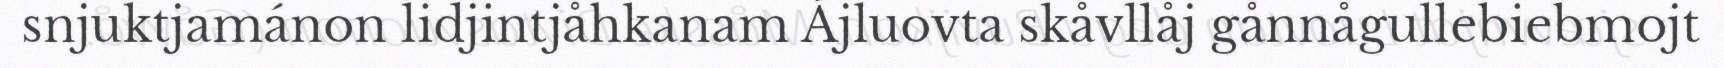
snjuktjamánon lidjintjåhkanam Ájluovta skåvllåj gånnågullebiebmojt